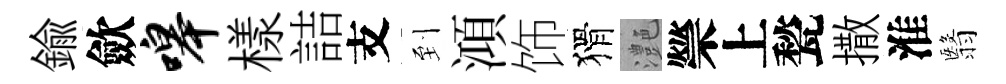
鍮歛嗥樣詰支到澒饰猾灔禜上甃撒淮翳